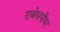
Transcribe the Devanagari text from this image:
राबेसपीयर